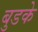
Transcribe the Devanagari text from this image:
बुडके